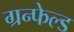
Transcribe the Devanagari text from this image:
ग्रन्फेल्ड